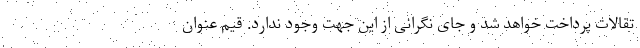
تقالات پرداخت خواهد شد و جای نگرانی از این جهت وجود ندارد. قیم عنوان